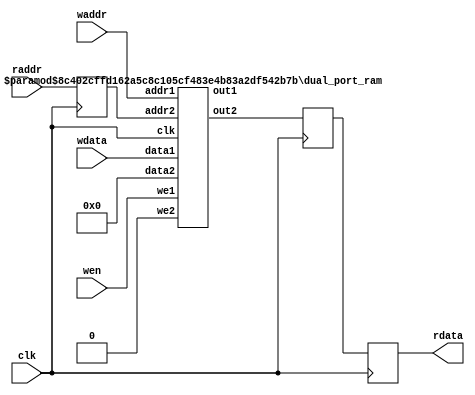
`define SIMULATION_MEMORY

module buffer_16_24200_buffer_init_11 (
	input clk,
	input wen,
	input [14:0] waddr,
	input [15:0] wdata,
	input [14:0] raddr,
	output [15:0] rdata
);

reg [14:0] raddr_reg;
reg [15:0] rdata_reg;
reg [15:0] pipeline_reg_0;
wire [15:0] rd_dummy_signal;
wire [15:0] wr_dummy_signal;
wire [15:0] rdata_wire;
assign rd_dummy_signal = 0;

always @(posedge clk) begin
	rdata_reg <= rdata_wire;
	raddr_reg <= raddr;
	pipeline_reg_0 <= rdata_reg;
end

`ifdef SIMULATION_MEMORY
defparam u_dual_port_ram.DATA_WIDTH = 16;
defparam u_dual_port_ram.ADDR_WIDTH = 15;
`endif
dual_port_ram u_dual_port_ram(
	.addr1(waddr),
	.we1(wen),
	.data1(wdata),
	.out1(wr_dummy_signal),
	.addr2(raddr_reg),
	.we2(1'b0),
	.data2(rd_dummy_signal),
	.out2(rdata_wire),
	.clk(clk)
);
assign rdata = pipeline_reg_0;

endmodule

module dual_port_ram(
clk,
addr1,
addr2,
data1,
data2,
we1,
we2,
out1,
out2
);

parameter DATA_WIDTH = 256;
parameter ADDR_WIDTH = 10;
input clk;
input [ADDR_WIDTH-1:0] addr1;
input [ADDR_WIDTH-1:0] addr2;
input [DATA_WIDTH-1:0] data1;
input [DATA_WIDTH-1:0] data2;
input we1;
input we2;
output reg [DATA_WIDTH-1:0] out1;
output reg [DATA_WIDTH-1:0] out2;

reg [DATA_WIDTH-1:0] ram[ADDR_WIDTH-1:0];

always @(posedge clk) begin
  if (we1) begin
    ram[addr1] <= data1;
  end
  else begin
    out1 <= ram[addr1];
  end
end

always @(posedge clk) begin
  if (we2) begin
    ram [addr2] <= data2;
  end
  else begin
    out2 <= ram[addr2];
  end
end

endmodule